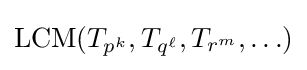
\operatorname {LCM} (T_{p^{k}},T_{q^{\ell }},T_{r^{m}},\ldots )